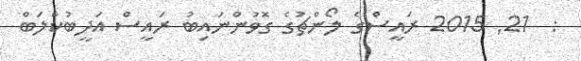
:  21